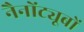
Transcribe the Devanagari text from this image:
नैनोंट्यूबों